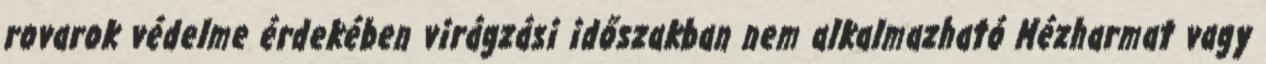
rovarok védelme érdekében virágzási időszakban nem alkalmazható Mézharmat vagy